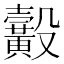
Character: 𪏙